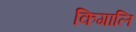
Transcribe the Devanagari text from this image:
किगालि